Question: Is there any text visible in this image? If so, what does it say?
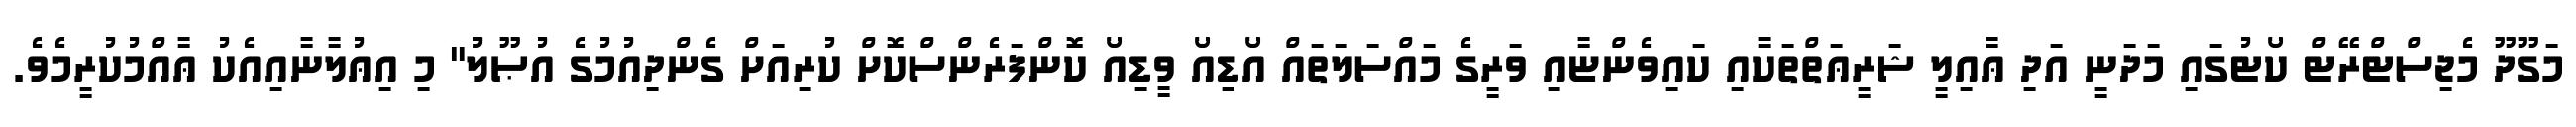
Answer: މަގޫދޫ މެޖިސްޓްރޭޓް ކޯޓުގައި މަދަނީ އަދި ޢާއިލީ ޝަރީޢަތްތަކާއި ކައިވެންޏާއި ވަރީގެ މައްސަލަތައް އޯޑިއޯ ވީޑިއޯ ކޮންފަރެންސްކޮށް ކުރިއަށް ގެންދިއުމުގެ އުޞޫލު" މި އިޢުލާނާއިއެކު ޢާއްމުކުރީމެވެ.